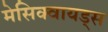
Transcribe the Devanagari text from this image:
मेसिक्वायड्स